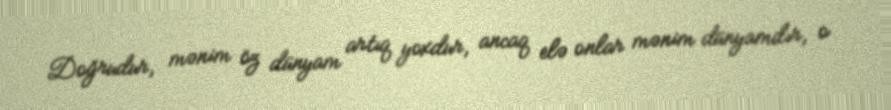
Doğrudur, mənim öz dünyam artıq yoxdur, ancaq elə onlar mənim dünyamdır, o